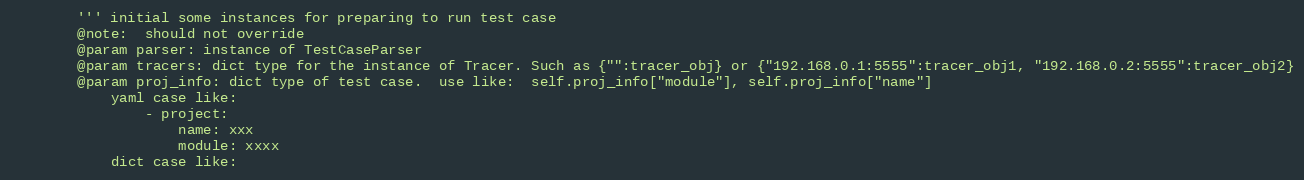
Language: Python
        ''' initial some instances for preparing to run test case
        @note:  should not override
        @param parser: instance of TestCaseParser
        @param tracers: dict type for the instance of Tracer. Such as {"":tracer_obj} or {"192.168.0.1:5555":tracer_obj1, "192.168.0.2:5555":tracer_obj2}
        @param proj_info: dict type of test case.  use like:  self.proj_info["module"], self.proj_info["name"]
            yaml case like:
                - project:
                    name: xxx
                    module: xxxx
            dict case like: